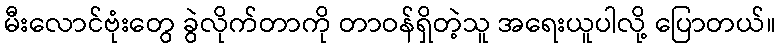
မီးလောင်ဗုံးတွေ ခွဲလိုက်တာကို တာဝန်ရှိတဲ့သူ အရေးယူပါလို့ ပြောတယ်။